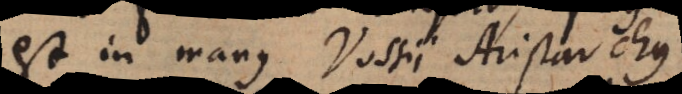
est in manus Vossii Aristarchus.